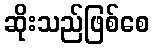
ဆိုးသည်ဖြစ်စေ